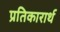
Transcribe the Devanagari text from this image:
प्रतिकारार्थ